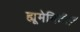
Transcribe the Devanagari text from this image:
ह्यूमेनिटीज़